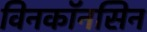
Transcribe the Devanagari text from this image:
विनकॉनसिन